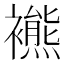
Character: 𧞞